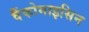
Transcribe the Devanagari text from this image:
वैंकोमाइसिन